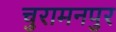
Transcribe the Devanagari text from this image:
चुरामनपुर